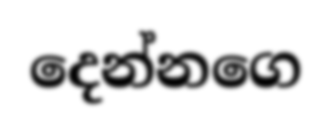
දෙන්නගෙ